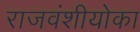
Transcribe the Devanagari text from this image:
राजवंशीयोका